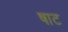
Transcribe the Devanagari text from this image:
षाट